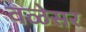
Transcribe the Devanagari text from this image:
वळेसर